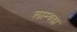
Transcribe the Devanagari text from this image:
लाम्बडा